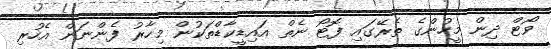
ވޯޓް ދިން މީހުންގެ ތެރޭގައި ފޮޓޯ ނެތް އައިޑީކާޑްތަކުން މިހާރު ފެންނަން އެހުރި